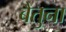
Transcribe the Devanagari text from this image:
बैतुना